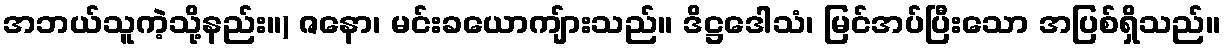
အဘယ်သူကဲ့သို့နည်း။) ဇနော၊ မင်းခယောကျ်ားသည်။ ဒိဋ္ဌဒေါသံ၊ မြင်အပ်ပြီးသော အပြစ်ရှိသည်။